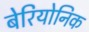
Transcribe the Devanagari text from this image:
बेरियोनिक